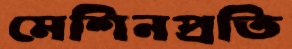
মেশিনপ্রতি